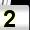
Digit: 2